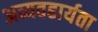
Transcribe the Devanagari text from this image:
अव्यवहार्यता